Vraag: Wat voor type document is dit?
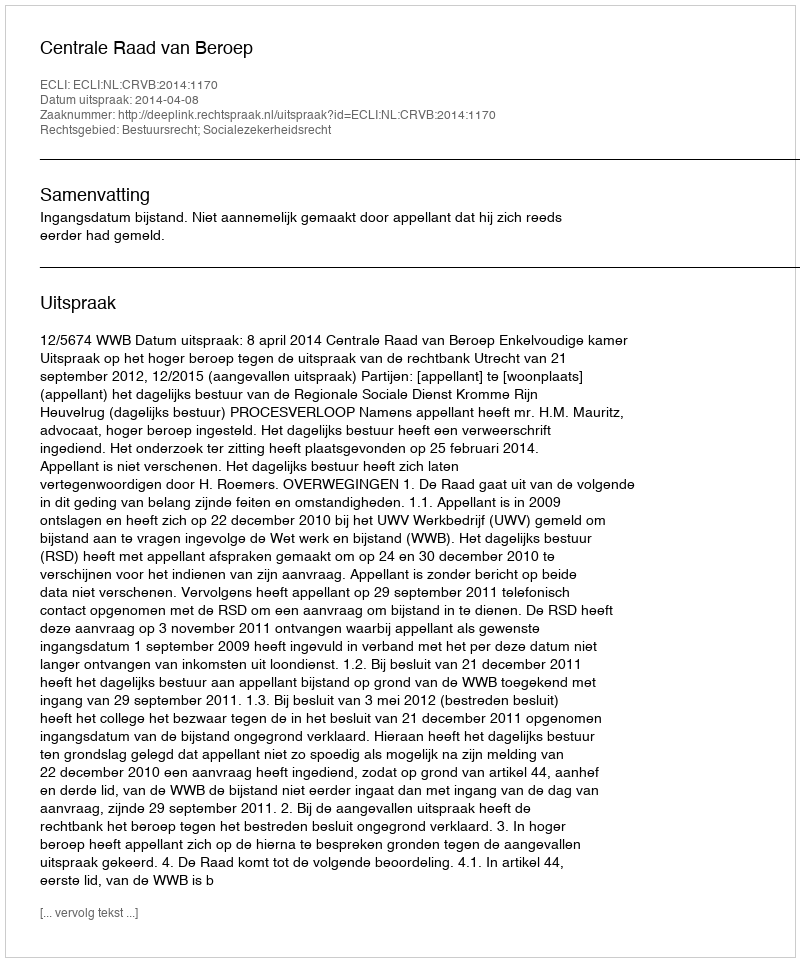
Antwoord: Uitspraak